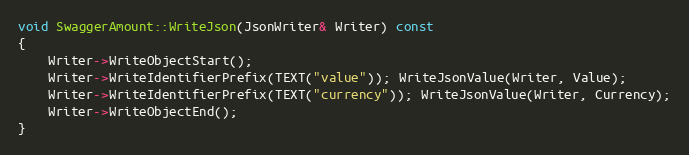
Language: C++
void SwaggerAmount::WriteJson(JsonWriter& Writer) const
{
	Writer->WriteObjectStart();
	Writer->WriteIdentifierPrefix(TEXT("value")); WriteJsonValue(Writer, Value);
	Writer->WriteIdentifierPrefix(TEXT("currency")); WriteJsonValue(Writer, Currency);
	Writer->WriteObjectEnd();
}